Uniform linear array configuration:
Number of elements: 8
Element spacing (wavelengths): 1
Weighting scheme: hann
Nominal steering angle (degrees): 45
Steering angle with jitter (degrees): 44.379
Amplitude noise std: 0.05
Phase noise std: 0.05

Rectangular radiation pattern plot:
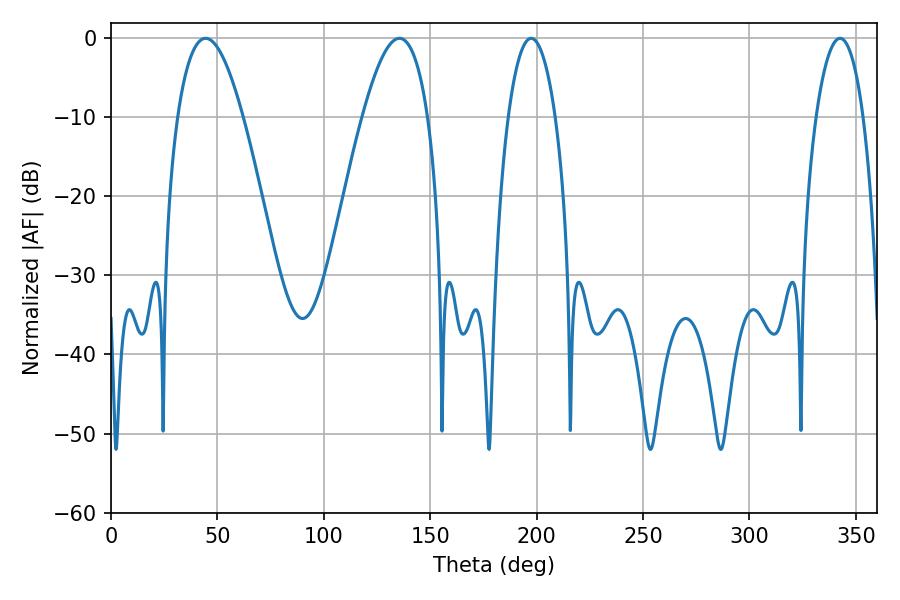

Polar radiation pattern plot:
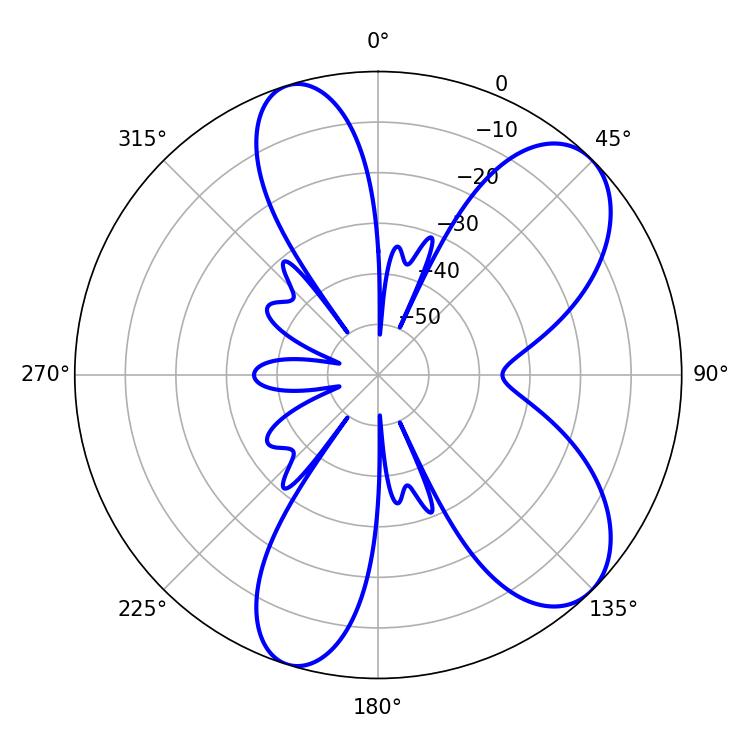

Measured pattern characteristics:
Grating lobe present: TRUE
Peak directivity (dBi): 8.07
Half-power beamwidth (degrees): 16.74
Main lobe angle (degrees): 44.46